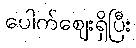
ပေါက်ဈေးရှိပြီး